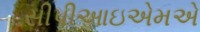
સીપીઆઇએમએ